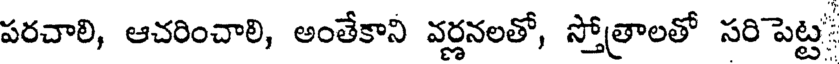
పరచాలి, ఆచరించాలి, అంతేకాని వర్ణనలతో, స్తోత్రాలతో సరిపెట్ట